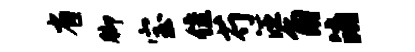
省脚宝隹芍汪角消